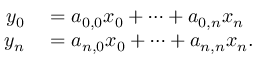
\begin{array} { r l } { y _ { 0 } } & { { } = a _ { 0 , 0 } x _ { 0 } + \dots + a _ { 0 , n } x _ { n } } \\ { y _ { n } } & { { } = a _ { n , 0 } x _ { 0 } + \dots + a _ { n , n } x _ { n } . } \end{array}